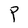
Character: P